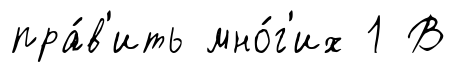
пра́в'ить мно́г'их 1 В